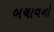
બચાવનો